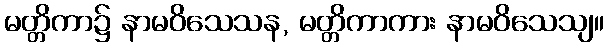
မတ္တိကာ၌ နာမဝိသေသန, မတ္တိကာကား နာမဝိသေသျ။